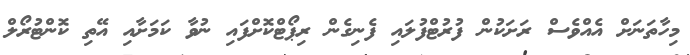
މިހާތަނަށް އެއްވެސް ރަށަކުން ފުރުޓްފުލައި ފެނިގެން ރިޕޯޓްކޮށްފައި ނުވާ ކަމަށާއި އޭތި ކޮންޓުރޯލް